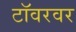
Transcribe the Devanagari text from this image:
टॉवरवर